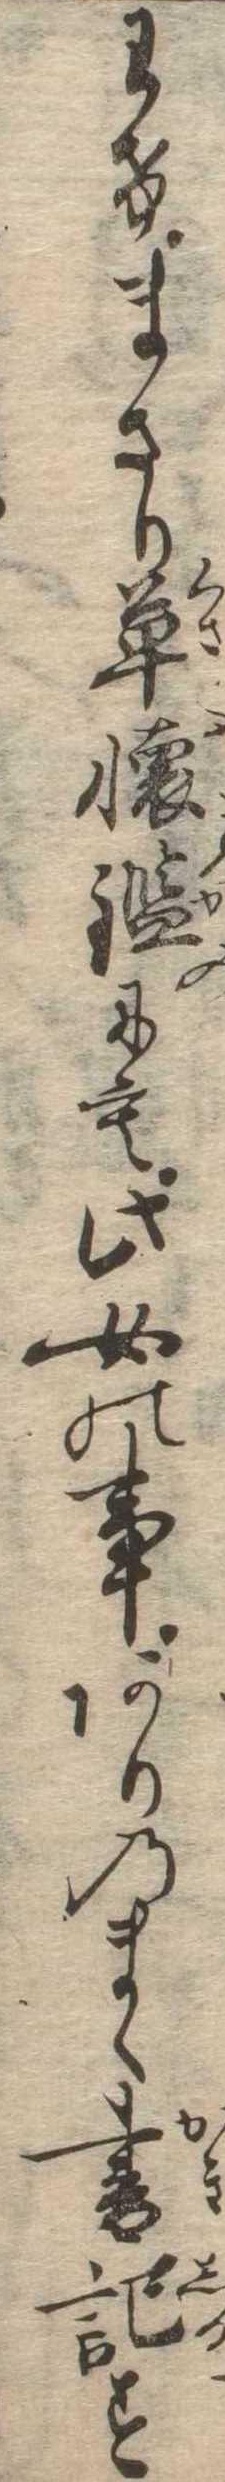
わけまさり草懐鑑にも此女の事ありのまゝ書記す